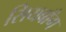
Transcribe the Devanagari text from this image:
सियबाँग